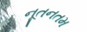
નૂતનતમ